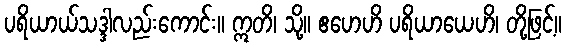
ပရိယာယ်သဒ္ဒါလည်းကောင်း။ ဣတိ၊ သို့။ ဧဟေဟိ ပရိယာယေဟိ၊ တို့ဖြင့်။